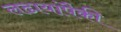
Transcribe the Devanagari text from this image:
लढायांपैकी